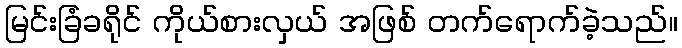
မြင်းခြံခရိုင် ကိုယ်စားလှယ် အဖြစ် တက်ရောက်ခဲ့သည်။